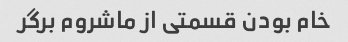
خام بودن قسمتی از ماشروم برگر